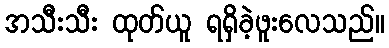
အသီးသီး ထုတ်ယူ ရရှိခဲ့ဖူးလေသည်။